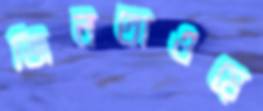
জিনতাওয়ে